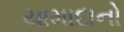
યામાદાનો